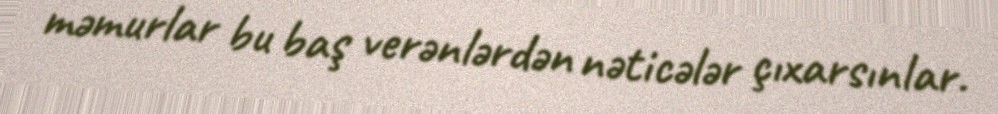
məmurlar bu baş verənlərdən nəticələr çıxarsınlar.